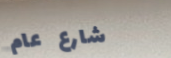
شارع عام